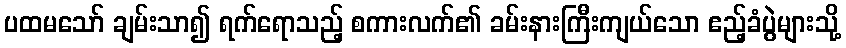
ပထမသော် ချမ်းသာ၍ ရက်ရောသည့် စကားလက်၏ ခမ်းနားကြီးကျယ်သော ဧည့်ခံပွဲများသို့